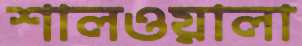
শালওয়ালা